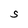
Character: S